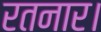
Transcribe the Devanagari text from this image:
रतनार।